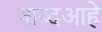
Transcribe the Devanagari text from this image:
शब्दआहे